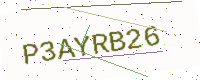
Text: P3AYRB26